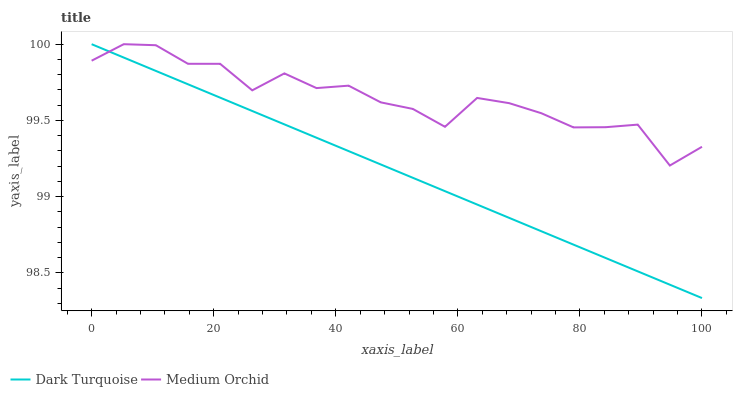
| xaxis_label | Dark Turquoise | Medium Orchid |
 | --- | --- | --- |
 | 0 | 100 | 99.9 |
 | 5.26 | 99.9 | 100 |
 | 10.5 | 99.8 | 100 |
 | 15.8 | 99.7 | 99.9 |
 | 21.1 | 99.6 | 99.9 |
 | 26.3 | 99.6 | 99.7 |
 | 31.6 | 99.5 | 99.8 |
 | 36.8 | 99.4 | 99.7 |
 | 42.1 | 99.3 | 99.7 |
 | 47.4 | 99.2 | 99.6 |
 | 52.6 | 99.1 | 99.6 |
 | 57.9 | 99 | 99.5 |
 | 63.2 | 98.9 | 99.6 |
 | 68.4 | 98.9 | 99.6 |
 | 73.7 | 98.8 | 99.5 |
 | 78.9 | 98.7 | 99.5 |
 | 84.2 | 98.6 | 99.5 |
 | 89.5 | 98.5 | 99.5 |
 | 94.7 | 98.4 | 99.2 |
 | 100 | 98.3 | 99.3 |